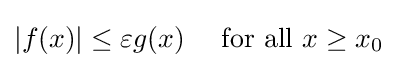
|f(x)|\leq \varepsilon g(x)\quad {\text{ for all }}x\geq x_{0}